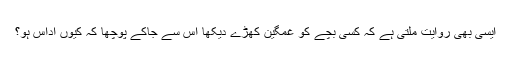
ایسی بھی روایت ملتی ہے کہ کسی بچے کو غمگین کھڑے دیکھا اس سے جاکے پوچھا کہ کیوں اداس ہو؟